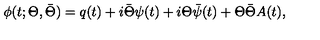
\phi ( t ; \Theta , \bar { \Theta } ) = q ( t ) + i \bar { \Theta } \psi ( t ) + i \Theta \bar { \psi } ( t ) + \Theta \bar { \Theta } A ( t ) ,